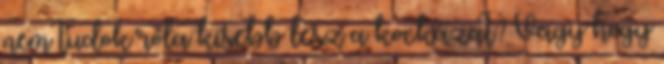
nem tudok róla kisebb lesz a kockázat? Vagy hogy